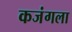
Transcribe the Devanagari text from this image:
कजंगला